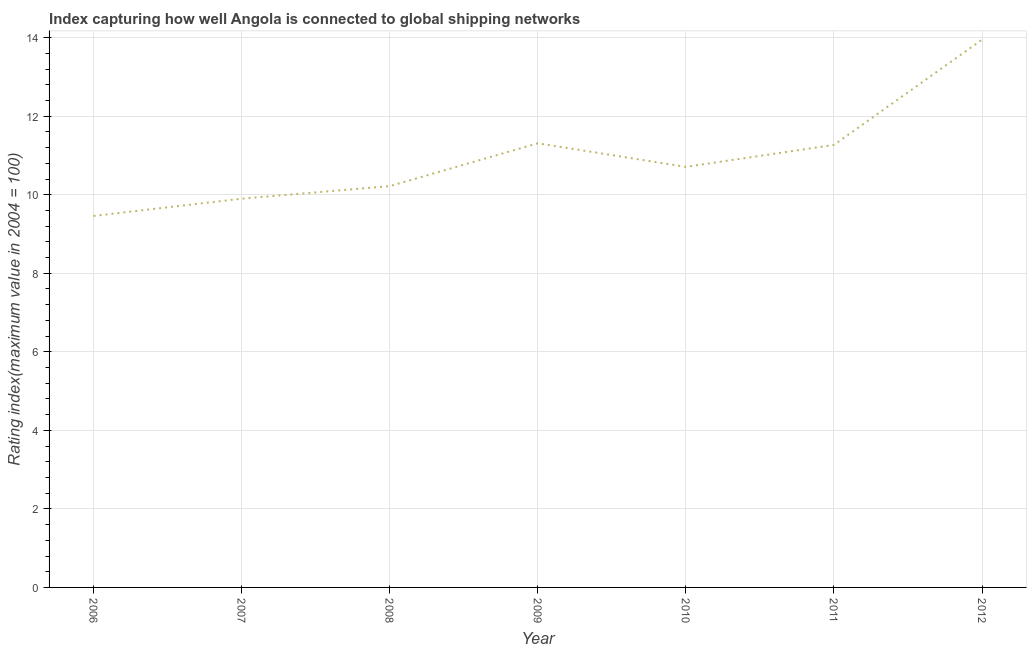
| Year | Liner shipping connectivity index  |
 | --- | --- |
 | 2006 | 9.46 |
 | 2007 | 9.9 |
 | 2008 | 10.2 |
 | 2009 | 11.3 |
 | 2010 | 10.7 |
 | 2011 | 11.3 |
 | 2012 | 13.9 |